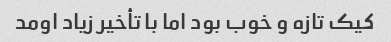
کیک تازه و خوب بود اما با تأخیر زیاد اومد